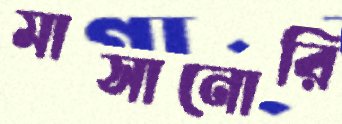
মাসানোরি